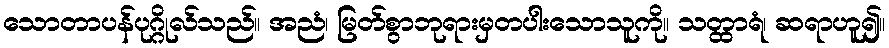
သောတာပန်ပုဂ္ဂိုလ်သည်။ အညံ၊ မြတ်စွာဘုရားမှတပါးသောသူကို။ သတ္ထာရံ၊ ဆရာဟူ၍။